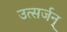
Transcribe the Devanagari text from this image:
उत्सर्जन्